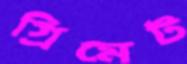
গ্রিমেট